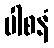
ပါစနံ